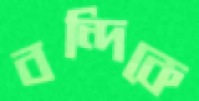
বন্দিকে